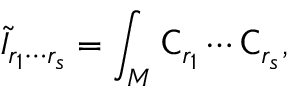
\tilde { I } _ { r _ { 1 } \cdots r _ { s } } = \int _ { M } { \sf C } _ { r _ { 1 } } \cdots { \sf C } _ { r _ { s } } ,